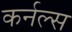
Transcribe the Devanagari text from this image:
कर्नल्‍स